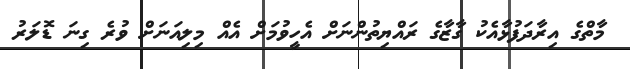
މާތްގެ އިރާދަފުޅާއެކު ގާޒާގެ ރައްޔިތުންނަށް އެހީވުމަށް އެއް މިލިއަނަށް ވުރެ ގިނަ ޑޮލަރު